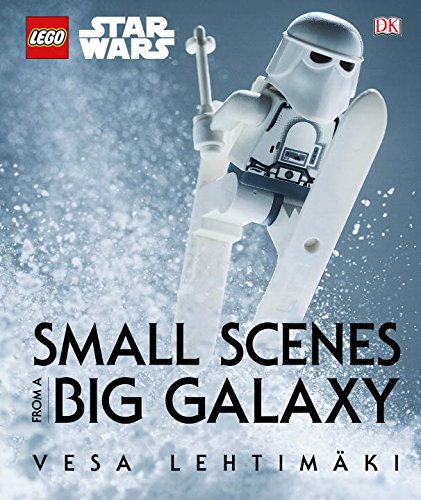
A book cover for LEGO Star Wars: Small Scenes from a Big Galaxy; Children's Books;